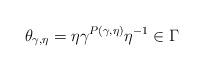
LaTeX: \begin{align*}\theta_{\gamma,\eta} = \eta \gamma^{P(\gamma,\eta)} \eta^{-1} \in \Gamma\end{align*}